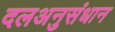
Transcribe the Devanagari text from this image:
दलअनुसंधान